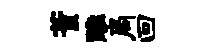
董雕局回